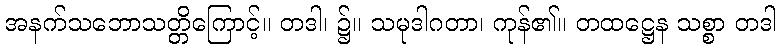
အနက်သဘောသတ္တိကြောင့်။ တဒါ၊ ၌။ သမုဒါဂတာ၊ ကုန်၏။ တထဋ္ဌေန သစ္စာ တဒါ